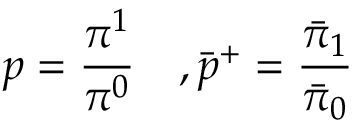
p = \frac { \pi ^ { 1 } } { \pi ^ { 0 } } \quad , { \bar { p } } ^ { + } = \frac { \bar { \pi } _ { 1 } } { { \bar { \pi } } _ { 0 } }